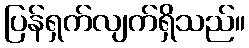
ပြန်ရှက်လျက်ရှိသည်။